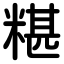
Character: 糂